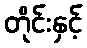
တိုင်းနှင့်